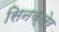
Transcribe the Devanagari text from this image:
सिनक्लेर